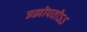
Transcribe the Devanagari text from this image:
झ्झोपतोऽऽ